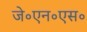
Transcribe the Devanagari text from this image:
जे॰एन॰एस॰